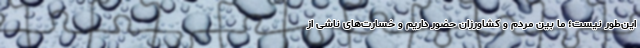
این‌طور نیست؛ ما بین مردم و کشاورزان حضور داریم و خسارت‌های ناشی از